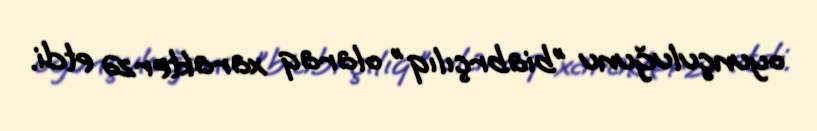
oyunçuluğunu "biabrçılıq" olaraq xarakterzə etdi.